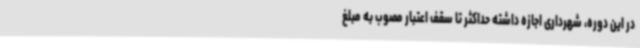
در این دوره، شهرداری اجازه داشته حداکثر تا سقف اعتبار مصوب به مبلغ